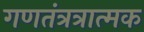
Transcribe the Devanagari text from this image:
गणतंत्रत्रात्मक